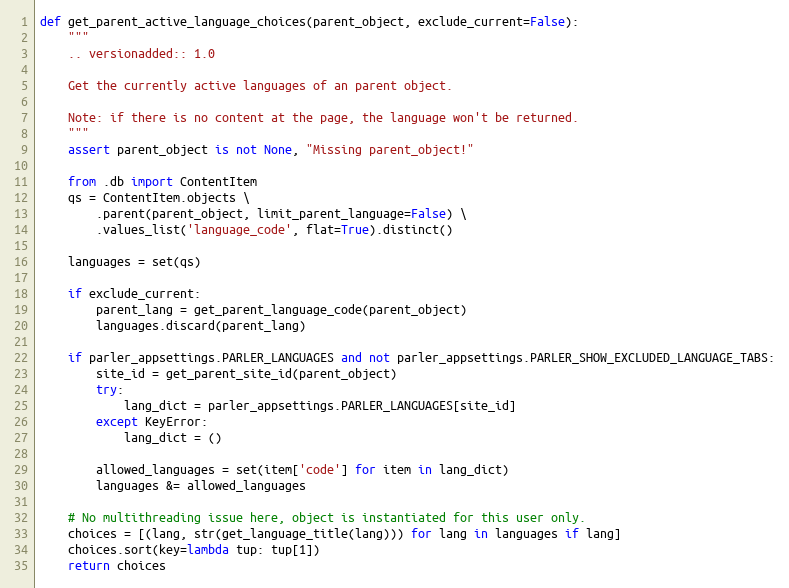
Language: Python
def get_parent_active_language_choices(parent_object, exclude_current=False):
    """
    .. versionadded:: 1.0

    Get the currently active languages of an parent object.

    Note: if there is no content at the page, the language won't be returned.
    """
    assert parent_object is not None, "Missing parent_object!"

    from .db import ContentItem
    qs = ContentItem.objects \
        .parent(parent_object, limit_parent_language=False) \
        .values_list('language_code', flat=True).distinct()

    languages = set(qs)

    if exclude_current:
        parent_lang = get_parent_language_code(parent_object)
        languages.discard(parent_lang)

    if parler_appsettings.PARLER_LANGUAGES and not parler_appsettings.PARLER_SHOW_EXCLUDED_LANGUAGE_TABS:
        site_id = get_parent_site_id(parent_object)
        try:
            lang_dict = parler_appsettings.PARLER_LANGUAGES[site_id]
        except KeyError:
            lang_dict = ()

        allowed_languages = set(item['code'] for item in lang_dict)
        languages &= allowed_languages

    # No multithreading issue here, object is instantiated for this user only.
    choices = [(lang, str(get_language_title(lang))) for lang in languages if lang]
    choices.sort(key=lambda tup: tup[1])
    return choices